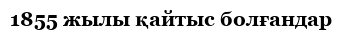
1855 жылы қайтыс болғандар